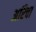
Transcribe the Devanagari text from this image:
अरिचा